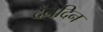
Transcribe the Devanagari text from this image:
दैंनदिन